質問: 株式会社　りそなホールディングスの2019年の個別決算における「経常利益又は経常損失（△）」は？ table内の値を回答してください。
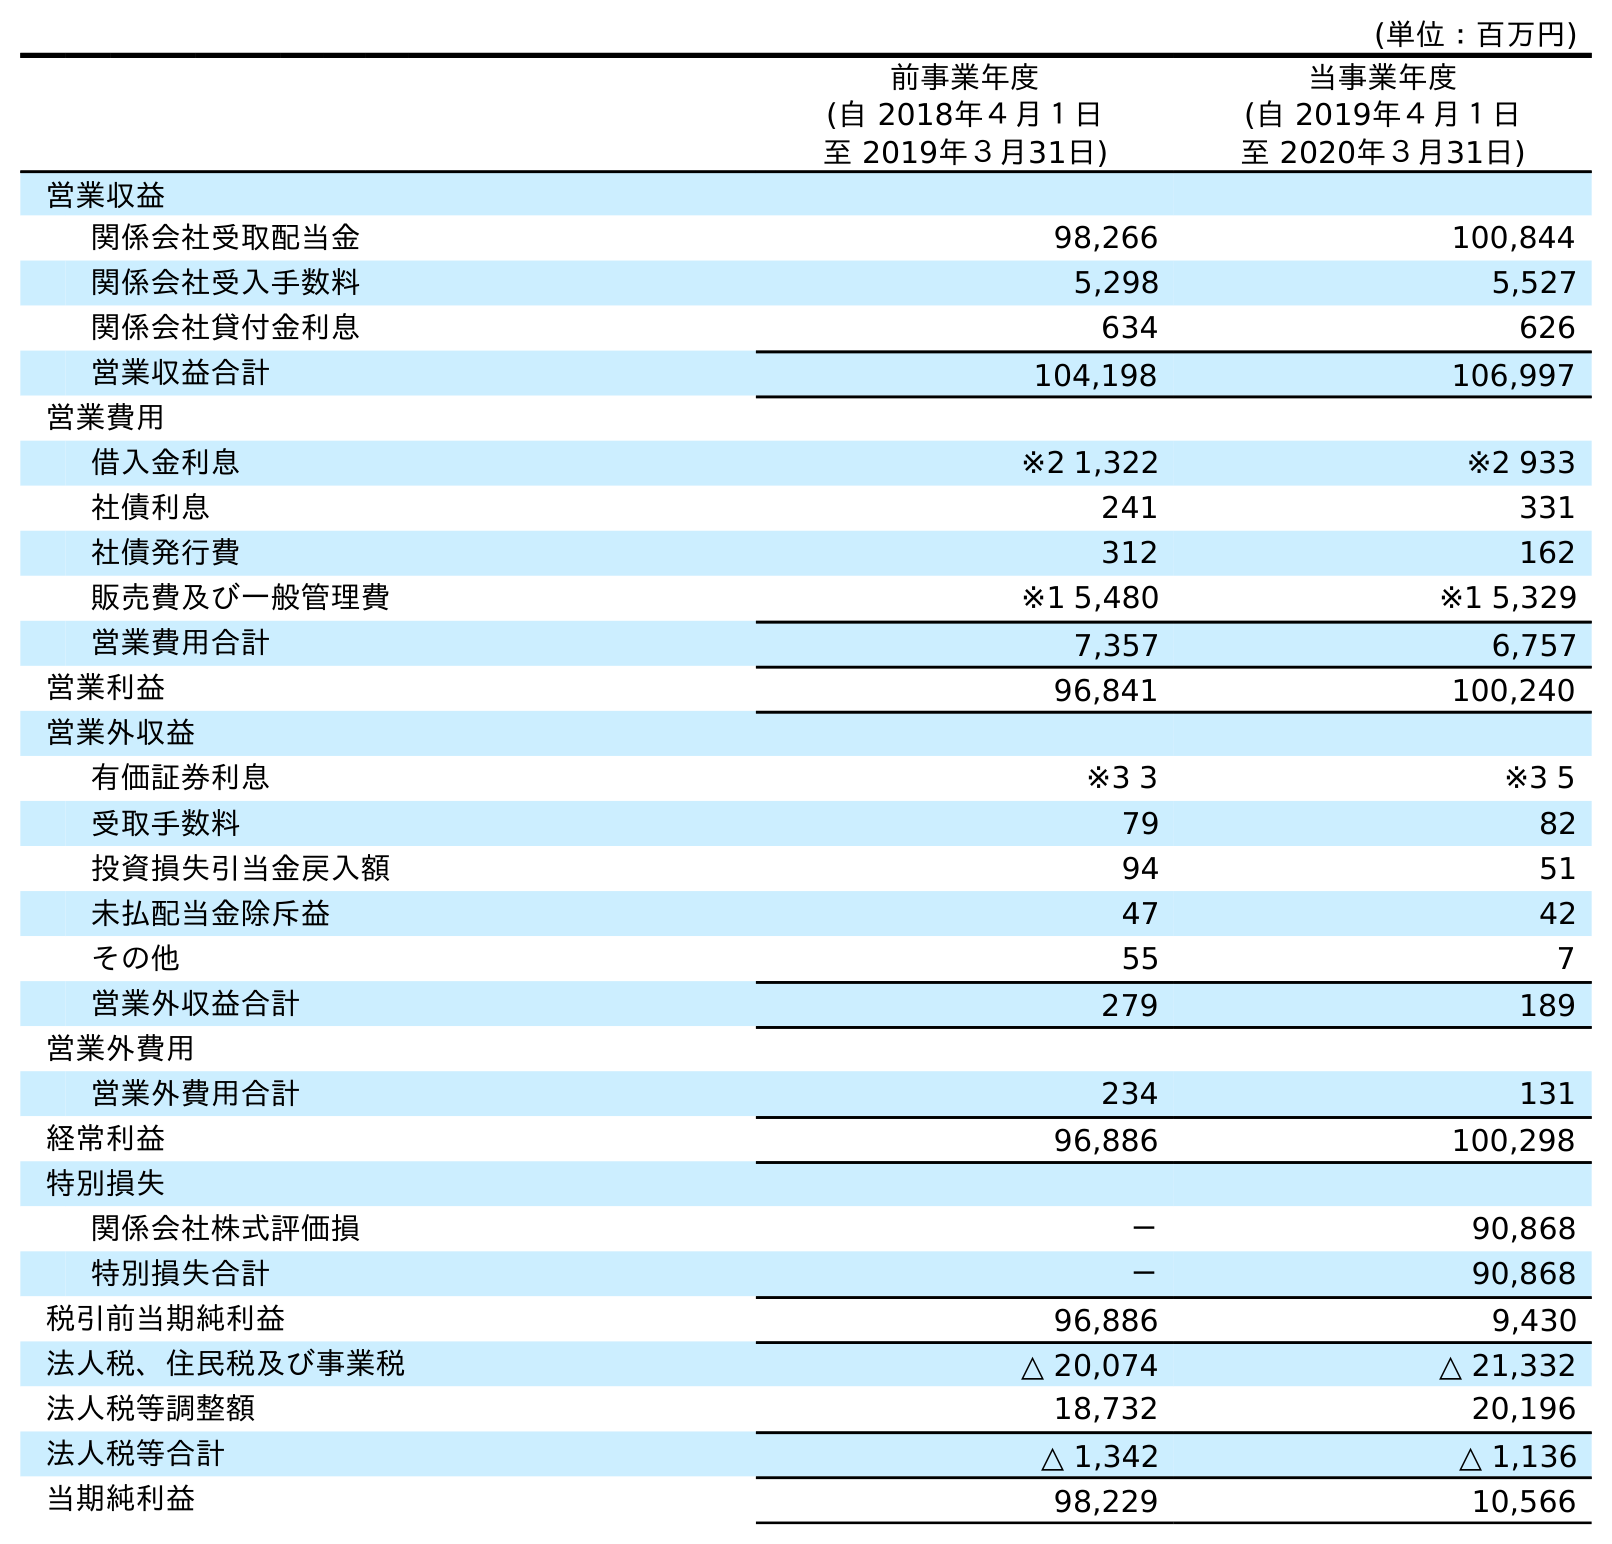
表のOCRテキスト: (単位：百万円) 前事業年度 (自 2018年４月１日 至 2019年３月31日) 当事業年度 (自 2019年４月１日 至 2020年３月31日) 営業収益 関係会社受取配当金 98,266 100,844 関係会社受入手数料 5,298 5,527 関係会社貸付金利息 634 626 営業収益合計 104,198 106,997 営業費用 借入金利息 ※2 1,322 ※2 933 社債利息 241 331 社債発行費 312 162 販売費及び一般管理費 ※1 5,480 ※1 5,329 営業費用合計 7,357 6,757 営業利益 96,841 100,240 営業外収益 有価証券利息 ※3 3 ※3 5 受取手数料 79 82 投資損失引当金戻入額 94 51 未払配当金除斥益 47 42 その他 55 7 営業外収益合計 279 189 営業外費用 営業外費用合計 234 131 経常利益 96,886 100,298 特別損失 関係会社株式評価損 － 90,868 特別損失合計 － 90,868 税引前当期純利益 96,886 9,430 法人税、住民税及び事業税 △ 20,074 △ 21,332 法人税等調整額 18,732 20,196 法人税等合計 △ 1,342 △ 1,136 当期純利益 98,229 10,566
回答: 96,886